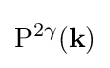
\mathrm {P} ^{2\gamma }(\mathbf {k} )